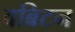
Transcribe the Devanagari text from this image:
वब्रिटन